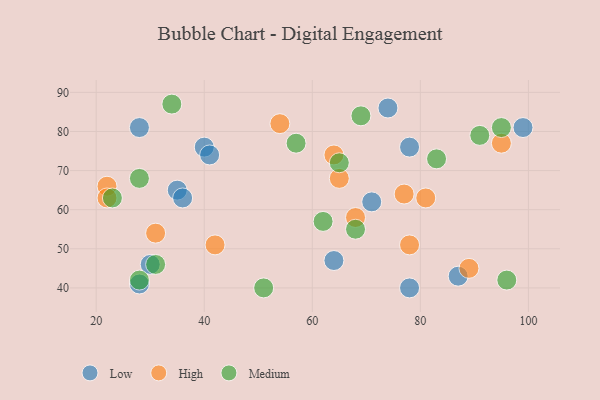
{"axis": {"x": "GDP", "y": "Life Expectancy"}, "legend": ["High", "Low", "Medium"], "data": [{"x": "40", "y": 76, "type": "Low"}, {"x": "78", "y": 40, "type": "Low"}, {"x": "99", "y": 81, "type": "Low"}, {"x": "78", "y": 76, "type": "Low"}, {"x": "35", "y": 65, "type": "Low"}, {"x": "36", "y": 63, "type": "Low"}, {"x": "87", "y": 43, "type": "Low"}, {"x": "30", "y": 46, "type": "Low"}, {"x": "74", "y": 86, "type": "Low"}, {"x": "64", "y": 47, "type": "Low"}, {"x": "28", "y": 41, "type": "Low"}, {"x": "71", "y": 62, "type": "Low"}, {"x": "41", "y": 74, "type": "Low"}, {"x": "28", "y": 81, "type": "Low"}, {"x": "81", "y": 63, "type": "High"}, {"x": "68", "y": 58, "type": "High"}, {"x": "65", "y": 68, "type": "High"}, {"x": "77", "y": 64, "type": "High"}, {"x": "89", "y": 45, "type": "High"}, {"x": "78", "y": 51, "type": "High"}, {"x": "64", "y": 74, "type": "High"}, {"x": "31", "y": 54, "type": "High"}, {"x": "42", "y": 51, "type": "High"}, {"x": "22", "y": 66, "type": "High"}, {"x": "95", "y": 77, "type": "High"}, {"x": "22", "y": 63, "type": "High"}, {"x": "54", "y": 82, "type": "High"}, {"x": "31", "y": 46, "type": "Medium"}, {"x": "28", "y": 68, "type": "Medium"}, {"x": "65", "y": 72, "type": "Medium"}, {"x": "62", "y": 57, "type": "Medium"}, {"x": "95", "y": 81, "type": "Medium"}, {"x": "83", "y": 73, "type": "Medium"}, {"x": "91", "y": 79, "type": "Medium"}, {"x": "96", "y": 42, "type": "Medium"}, {"x": "68", "y": 55, "type": "Medium"}, {"x": "34", "y": 87, "type": "Medium"}, {"x": "51", "y": 40, "type": "Medium"}, {"x": "57", "y": 77, "type": "Medium"}, {"x": "28", "y": 42, "type": "Medium"}, {"x": "23", "y": 63, "type": "Medium"}, {"x": "69", "y": 84, "type": "Medium"}]}